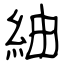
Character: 紬